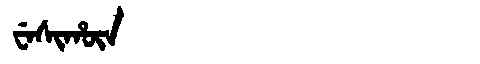
Manchu: ᠸᡝᠰᡳᡥᡡᠨ
Romanization: WESIHŪN